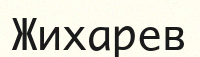
Жихарев